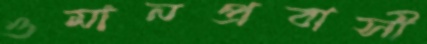
ওমানপ্রবাসী